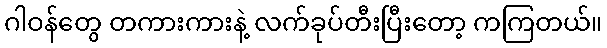
ဂါဝန်တွေ တကားကားနဲ့ လက်ခုပ်တီးပြီးတော့ ကကြတယ်။